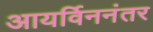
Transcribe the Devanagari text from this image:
आयर्विननंतर